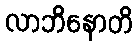
လာဘိနောတိ